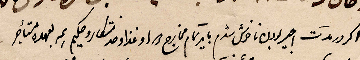
..............